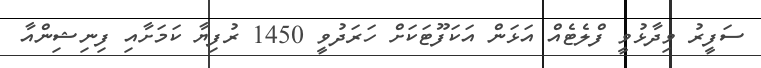
ސަފީރު ވިދާޅުވީ ފްލެޓެއް އަޅަން އަކަފޫޓަކަށް ހަރަދުވީ 1450 ރުފިޔާ ކަމަށާއި ފިނިޝިންއާ